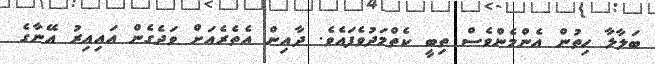
ބަލާލާ ހިތުން އެންމެންވެސް ތިބީ ކެތްމަދުވެފައެވެ. ދާއިން އެތެރެއަށް ވަދެގެން އައިއިރު އޭނާގެ